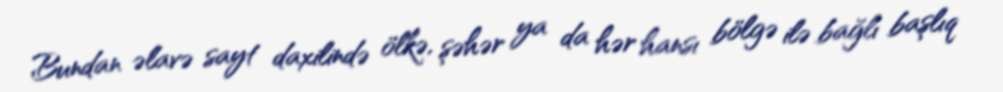
Bundan əlavə sayt daxilində ölkə, şəhər ya da hər hansı bölgə ilə bağlı başlıq